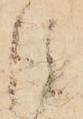
後